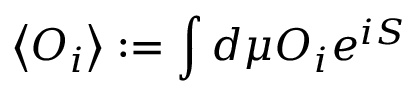
\left\langle O _ { i } \right\rangle : = \int d \mu O _ { i } e ^ { i S }